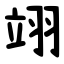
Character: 翊